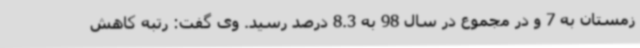
زمستان به 7 و در مجموع در سال 98 به 8‌.3 درصد رسید. وی گفت: رتبه کاهش